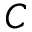
C